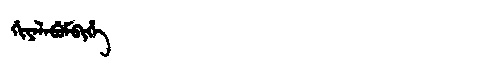
Manchu: ᡤᡳᠶᠠᠯᠠᠪᡠᠮᠪᡳᡥᡝ
Romanization: GIYALABUMBIHE